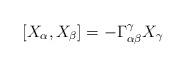
LaTeX: \begin{align*}[X_\alpha,X_\beta] = - \Gamma_{\alpha\beta}^\gamma X_\gamma \end{align*}